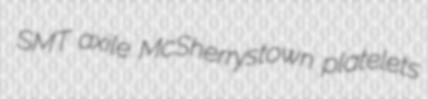
SMT axile McSherrystown platelets